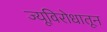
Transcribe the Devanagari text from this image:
ज्यूविरोधातून